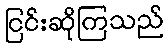
ငြင်းဆိုကြသည်